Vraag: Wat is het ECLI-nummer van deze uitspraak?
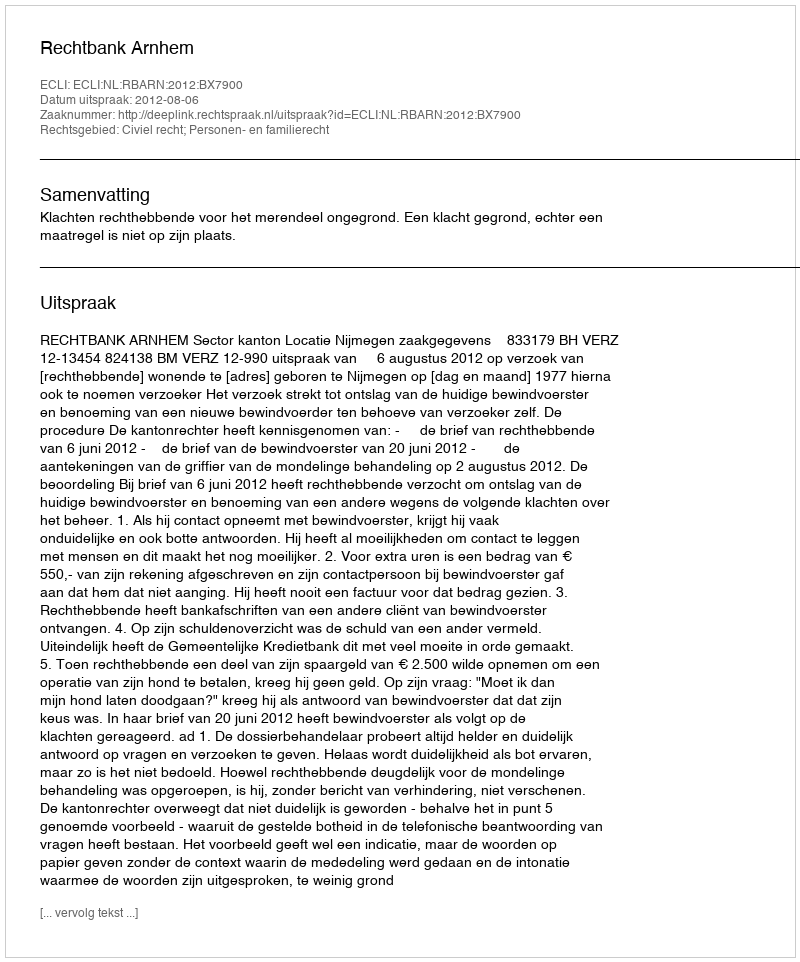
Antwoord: ECLI:NL:RBARN:2012:BX7900